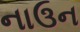
નાઉન